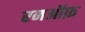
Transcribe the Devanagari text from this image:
रनऑफ़